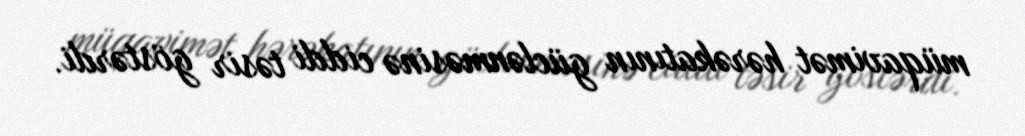
müqavimət hərəkatının güclənməsinə ciddi təsir göstərdi.